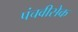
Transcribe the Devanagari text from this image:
पंचवीसेक